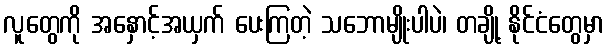
လူတွေကို အနှောင့်အယှက် ပေးကြတဲ့ သဘောမျိုးပါပဲ၊ တချို့ နိုင်ငံတွေမှာ